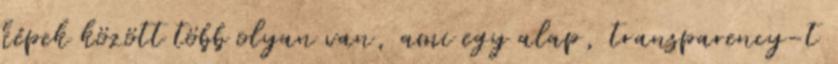
képek között több olyan van, ami egy alap, transparency-t